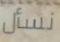
نسأل